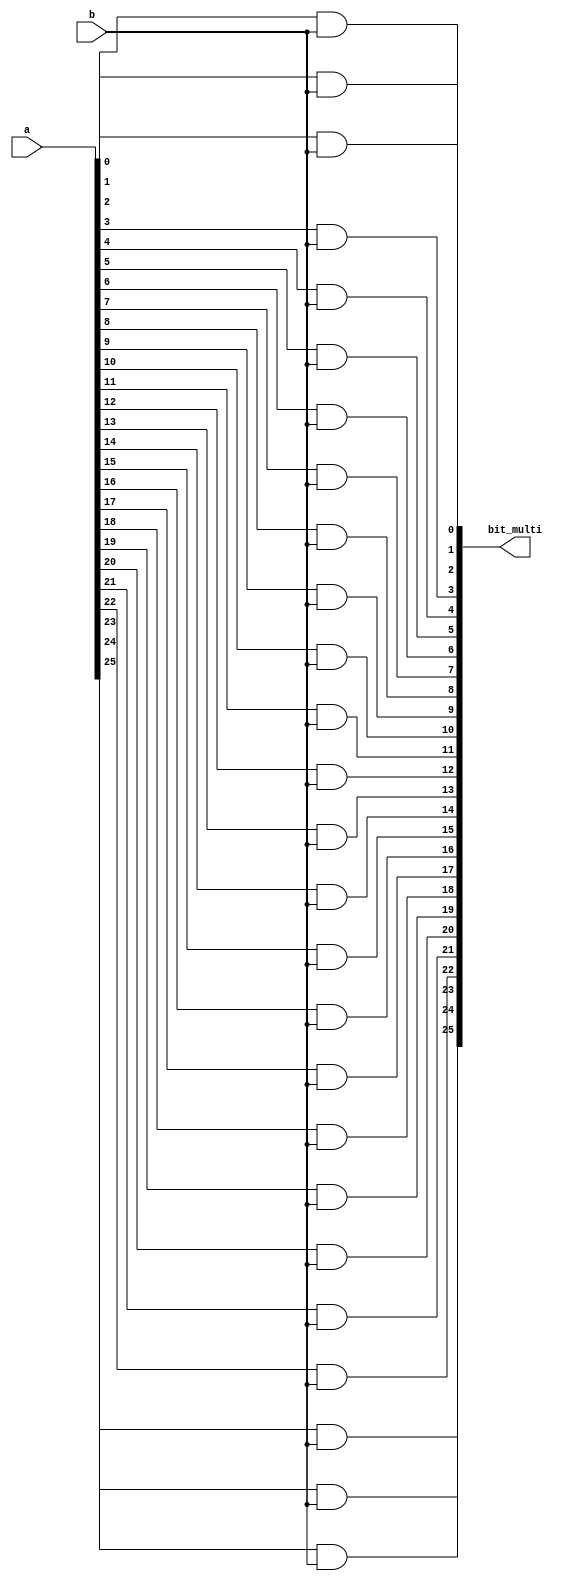
//   b    a  and gate  .

module CSM_stage_and(bit_multi, a, b);

    output [25:0]bit_multi;
    input [25:0]a;
    input  b;
    

    and(bit_multi[0], a[0], b);
    and(bit_multi[1], a[1], b);
    and(bit_multi[2], a[2], b);
    and(bit_multi[3], a[3], b);
    and(bit_multi[4], a[4], b);
    and(bit_multi[5], a[5], b);
    and(bit_multi[6], a[6], b);
    and(bit_multi[7], a[7], b);
    and(bit_multi[8], a[8], b);
    and(bit_multi[9], a[9], b);
    and(bit_multi[10], a[10], b);
    and(bit_multi[11], a[11], b);
    and(bit_multi[12], a[12], b);
    and(bit_multi[13], a[13], b);
    and(bit_multi[14], a[14], b);
    and(bit_multi[15], a[15], b);
    and(bit_multi[16], a[16], b);
    and(bit_multi[17], a[17], b);
    and(bit_multi[18], a[18], b);
    and(bit_multi[19], a[19], b);
    and(bit_multi[20], a[20], b);
    and(bit_multi[21], a[21], b);
    and(bit_multi[22], a[22], b);
    and(bit_multi[23], a[23], b);
    and(bit_multi[24], a[24], b);
    and(bit_multi[25], a[25], b);

    
endmodule